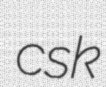
csk